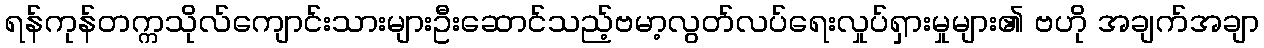
ရန်ကုန်တက္ကသိုလ်ကျောင်းသားများဦးဆောင်သည့်ဗမာ့လွတ်လပ်ရေးလှုပ်ရှားမှုများ၏ ဗဟို အချက်အချာ